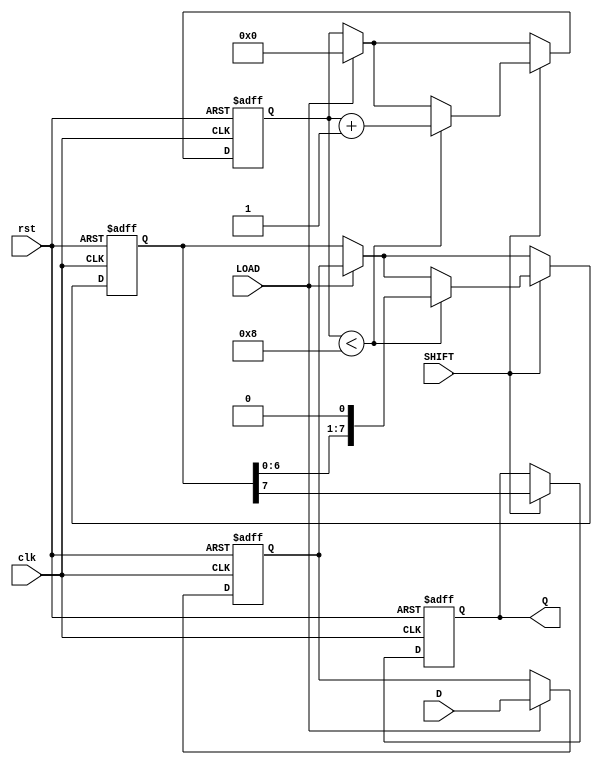
module TwoStagePISO (
    input wire clk,          // Clock signal
    input wire rst,          // Reset signal
    input wire LOAD,         // Load control signal
    input wire SHIFT,        // Shift control signal
    input wire [7:0] D,      // 8-bit parallel data input
    output reg Q             // Serial output
);

    reg [7:0] input_reg;     // Register to hold the input data
    reg [7:0] output_reg;    // Register to hold the data for shifting
    reg [3:0] count;         // Count to keep track of bits shifted out
    
    always @(posedge clk or posedge rst) begin
        if (rst) begin
            // Reset the registers and output
            input_reg <= 8'b0;
            output_reg <= 8'b0;
            Q <= 1'b0;
            count <= 4'b0;
        end 
        else begin
            if (LOAD) begin
                // Capture input data into input register
                input_reg <= D;
                output_reg <= input_reg; // Load data into output register for shifting
                count <= 4'b0;           // Reset count when loading new data
            end
            
            if (SHIFT) begin
                // Shift out data serially
                if (count < 8) begin
                    Q <= output_reg[7]; // Output the most significant bit
                    output_reg <= {output_reg[6:0], 1'b0}; // Shift left
                    count <= count + 1; // Increment the shift count
                end
                else begin
                    // Once all bits have been shifted, you can either hold last bit or reset
                    Q <= output_reg[7]; // Hold the last shifted bit
                end
            end
        end
    end
endmodule